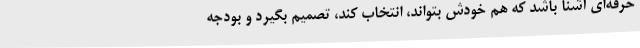
حرفه‌ای آشنا باشد که هم خودش بتواند، انتخاب کند، تصمیم بگیرد و بودجه